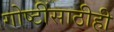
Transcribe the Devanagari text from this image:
गोष्टींसाठीही